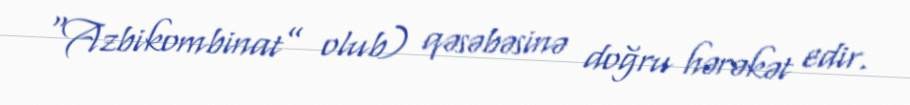
“Azbikombinat” olub) qəsəbəsinə doğru hərəkət edir.